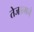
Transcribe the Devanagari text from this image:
तेजात्मने